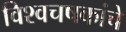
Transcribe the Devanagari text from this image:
विश्वचषकांचे